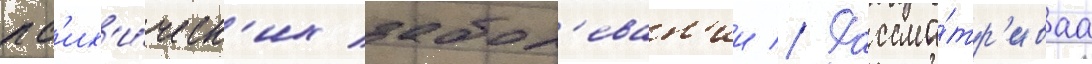
пс'их'и́ческ'их забол'еван'ии // Рассма́тр'иваа